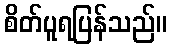
စိတ်ပူရပြန်သည်။